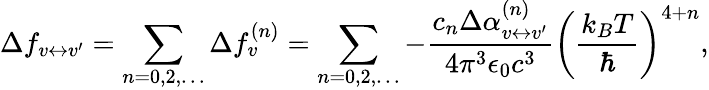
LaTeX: \Delta f_{v\leftrightarrow v^{\prime}}=\sum_{n=0,2,\ldots}\Delta f_{v}^{(n)}=\sum_{n=0,2,\ldots}-\frac{c_{n}\Delta\alpha_{v\leftrightarrow v^{\prime}}^{(n)}}{4\pi^{3}\epsilon_{0}c^{3}}\left(\frac{k_{B}T}{\hbar}\right)^{4+n},